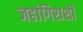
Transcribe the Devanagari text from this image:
जहांगिराशी